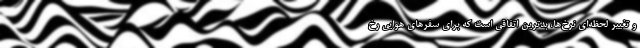
و تغییر لحظه‌ای نرخ‌ها، بدترین اتفاقی است که برای سفرهای هوایی رخ